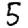
Digit: 5